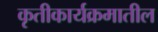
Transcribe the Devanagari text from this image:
कृतीकार्यक्रमातील